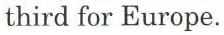
third for Europe.